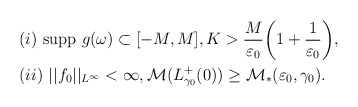
\begin{align*}\begin{aligned} & (i)~ \mbox{supp}~g(\omega) \subset [-M, M], K>\frac{M}{\varepsilon_0}\bigg(1+\frac{1}{\varepsilon_0}\bigg), \\& (ii)~ ||f_0||_{L^{\infty}} < \infty, {\mathcal M}(L^+_{\gamma_0}(0)) \geq {\mathcal M}_*(\varepsilon_0, \gamma_0).\end{aligned}\end{align*}